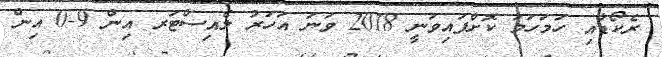
ރެކޯޑާއި ހަމަހަމަ ކޮށްފައިވަނީ 2018 ވަނަ އަހަރު ލެއިސްޓަރ އިން 9-0 އިން